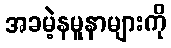
အခမဲ့နမူနာများကို